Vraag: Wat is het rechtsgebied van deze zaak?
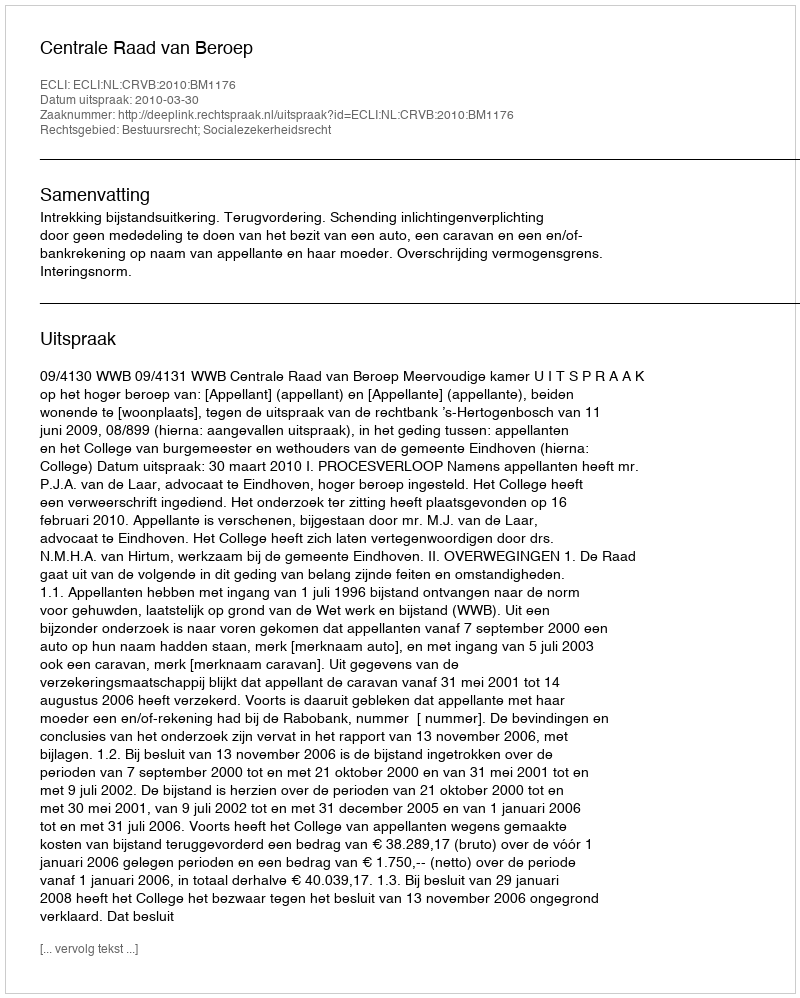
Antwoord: Bestuursrecht; Socialezekerheidsrecht